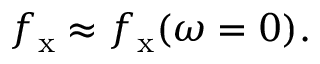
f _ { \mathrm { x } } \approx f _ { \mathrm { x } } ( \omega = 0 ) .